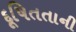
દૂષિતતાની